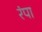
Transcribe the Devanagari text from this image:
रंपा